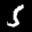
Label: 5